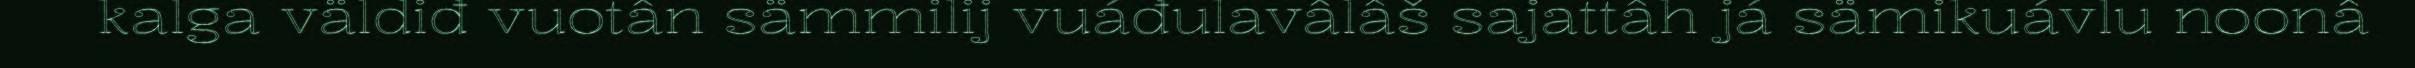
kalga väldiđ vuotân sämmilij vuáđulavâlâš sajattâh já sämikuávlu noonâ